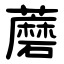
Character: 蘑